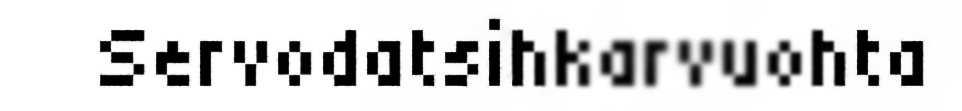
Servodatsihkarvuohta